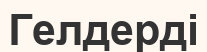
Гелдерді